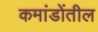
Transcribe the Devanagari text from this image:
कमांडोंतील